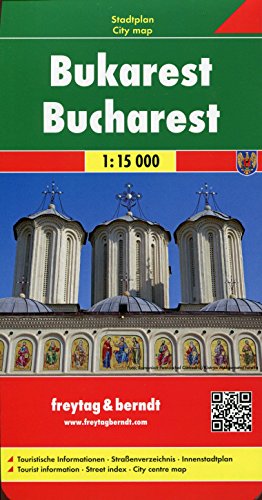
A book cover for Bucharest (City Map) FB (ROMANIA) (English and German Edition); Freytag-Berndt; Travel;